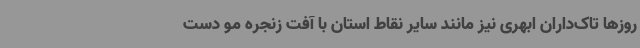
روزها تاک‌داران ابهری نیز مانند سایر نقاط استان با آفت زنجره مو دست